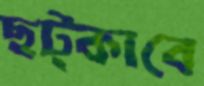
ছট্‌কাবে